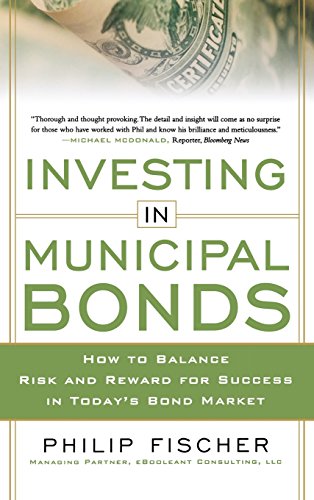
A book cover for INVESTING IN MUNICIPAL BONDS:  How to Balance Risk and Reward for Success in Today's Bond Market; Philip Fischer; Business & Money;